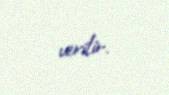
verilir.